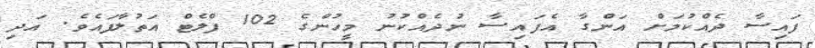
ފައިސާ ދެއްކުމަށް އަންގާ އެފައިސާ ނުދެއްކުނު މީހުންގެ 102 ފްލެޓް އަތުލާފައެވެ. އަދި